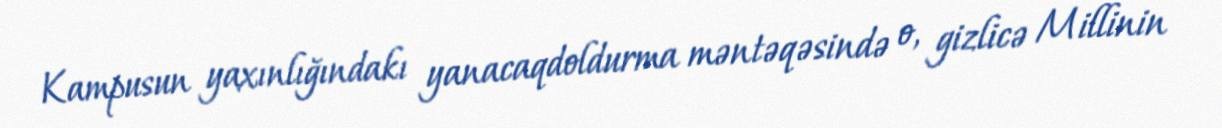
Kampusun yaxınlığındakı yanacaqdoldurma məntəqəsində o, gizlicə Millinin